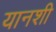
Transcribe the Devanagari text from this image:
यानशी